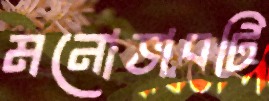
মনোভাবটি